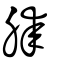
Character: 膝